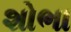
શોભા